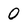
Character: 0